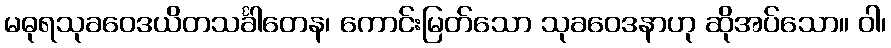
မဓုရသုခဝေဒယိတသင်္ခါတေန၊ ကောင်းမြတ်သော သုခဝေဒနာဟု ဆိုအပ်သော။ ဝါ၊